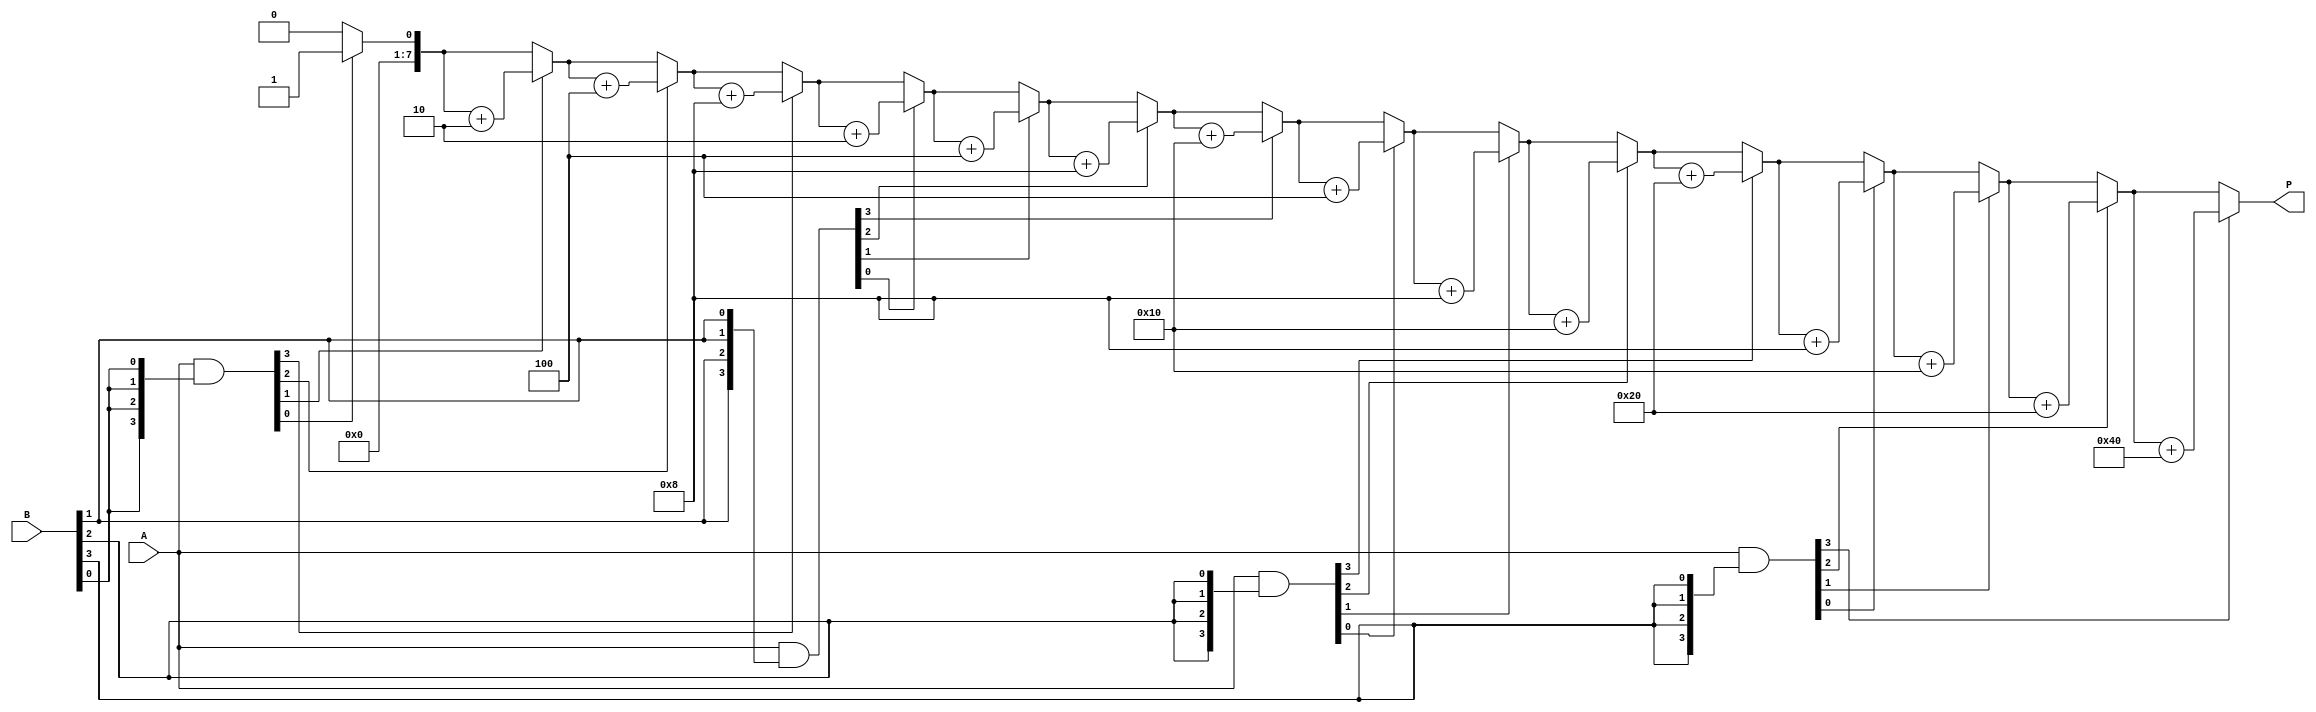
module array_multiplier #(parameter m = 4, n = 4) (
    input  [m-1:0] A,         // Multiplicand
    input  [n-1:0] B,         // Multiplier
    output reg [m+n-1:0] P    // Product
);

    // Partial product array
    reg [m-1:0] pp [0:n-1]; // Partial products, pp[i] for B[i]

    // Stage 1: Generate partial products
    integer i, j;
    always @(*) begin
        // Initialize product to zero
        P = 0;
        
        // Generate partial products
        for (i = 0; i < n; i = i + 1) begin
            pp[i] = A & {m{B[i]}}; // Generate partial product for each bit of B
            // Shift the partial product according to the bit position
            for (j = 0; j < m; j = j + 1) begin
                if (pp[i][j] == 1) begin
                    P = P + (1 << (i + j)); // Accumulate the partial product
                end
            end
        end
    end
endmodule